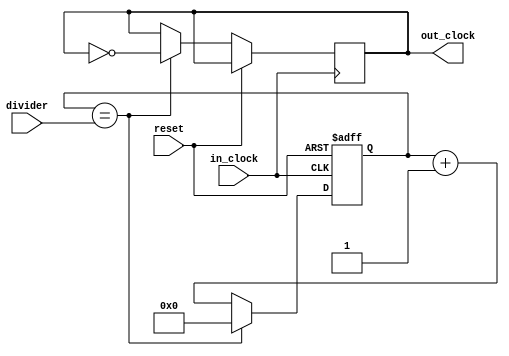
module clock_divider(out_clock, in_clock, divider, reset);

output reg out_clock;

input in_clock;
input [15:0] divider;
input reset;

reg [15:0] counter;

wire in_clock_n;
assign in_clock_n = ~in_clock;

always @ (posedge in_clock, posedge reset) begin
		
		if (reset == 1) begin
			counter <= 0;
		end else begin
		
			if (counter == divider) begin
				out_clock <= ~out_clock;
				counter <= 0;
			end else
				counter <= counter + 1;
		end
end
endmodule